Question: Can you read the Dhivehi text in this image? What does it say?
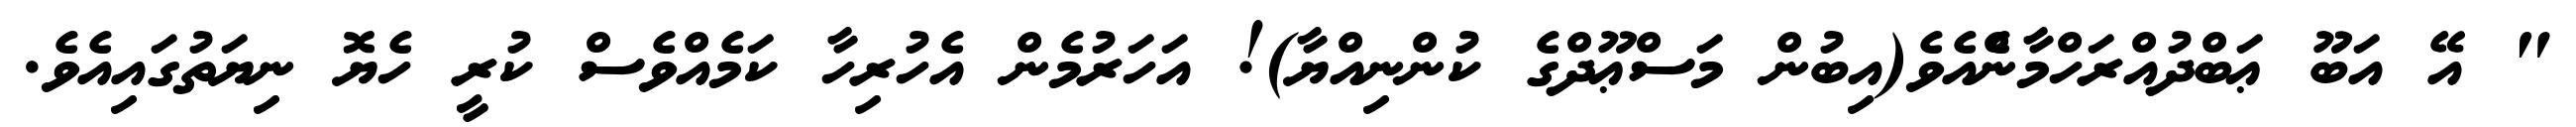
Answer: " އޭ އަބޫ ޢަބްދުއްރަހްމާންެއެވެ(އިބުން މަސްޢޫދްގެ ކުންނިއްޔާ)! އަހަރުމެން އެހުރިހާ ކަމެއްވެސް ކުރީ ހެޔޮ ނިޔަތުގައިއެވެ.